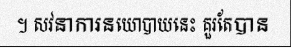
។ សវនាការនយោបាយនេះ គួរតែបាន